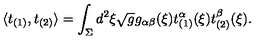
\langle t _ { ( 1 ) } , t _ { ( 2 ) } \rangle = \int _ { \Sigma } d ^ { 2 } \xi \sqrt { g } g _ { \alpha \beta } ( \xi ) t _ { ( 1 ) } ^ { \alpha } ( \xi ) t _ { ( 2 ) } ^ { \beta } ( \xi ) .